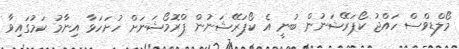
މޯލްޑިވްސް ހައްޖު ކޯޕަރޭޝަނުން ބުނީ އެ ކޯޕަރޭޝަނުން ޕްރޮމޯޝަނަށް ހުށަހަޅާ އިނާމު ކަމުގައިވާ